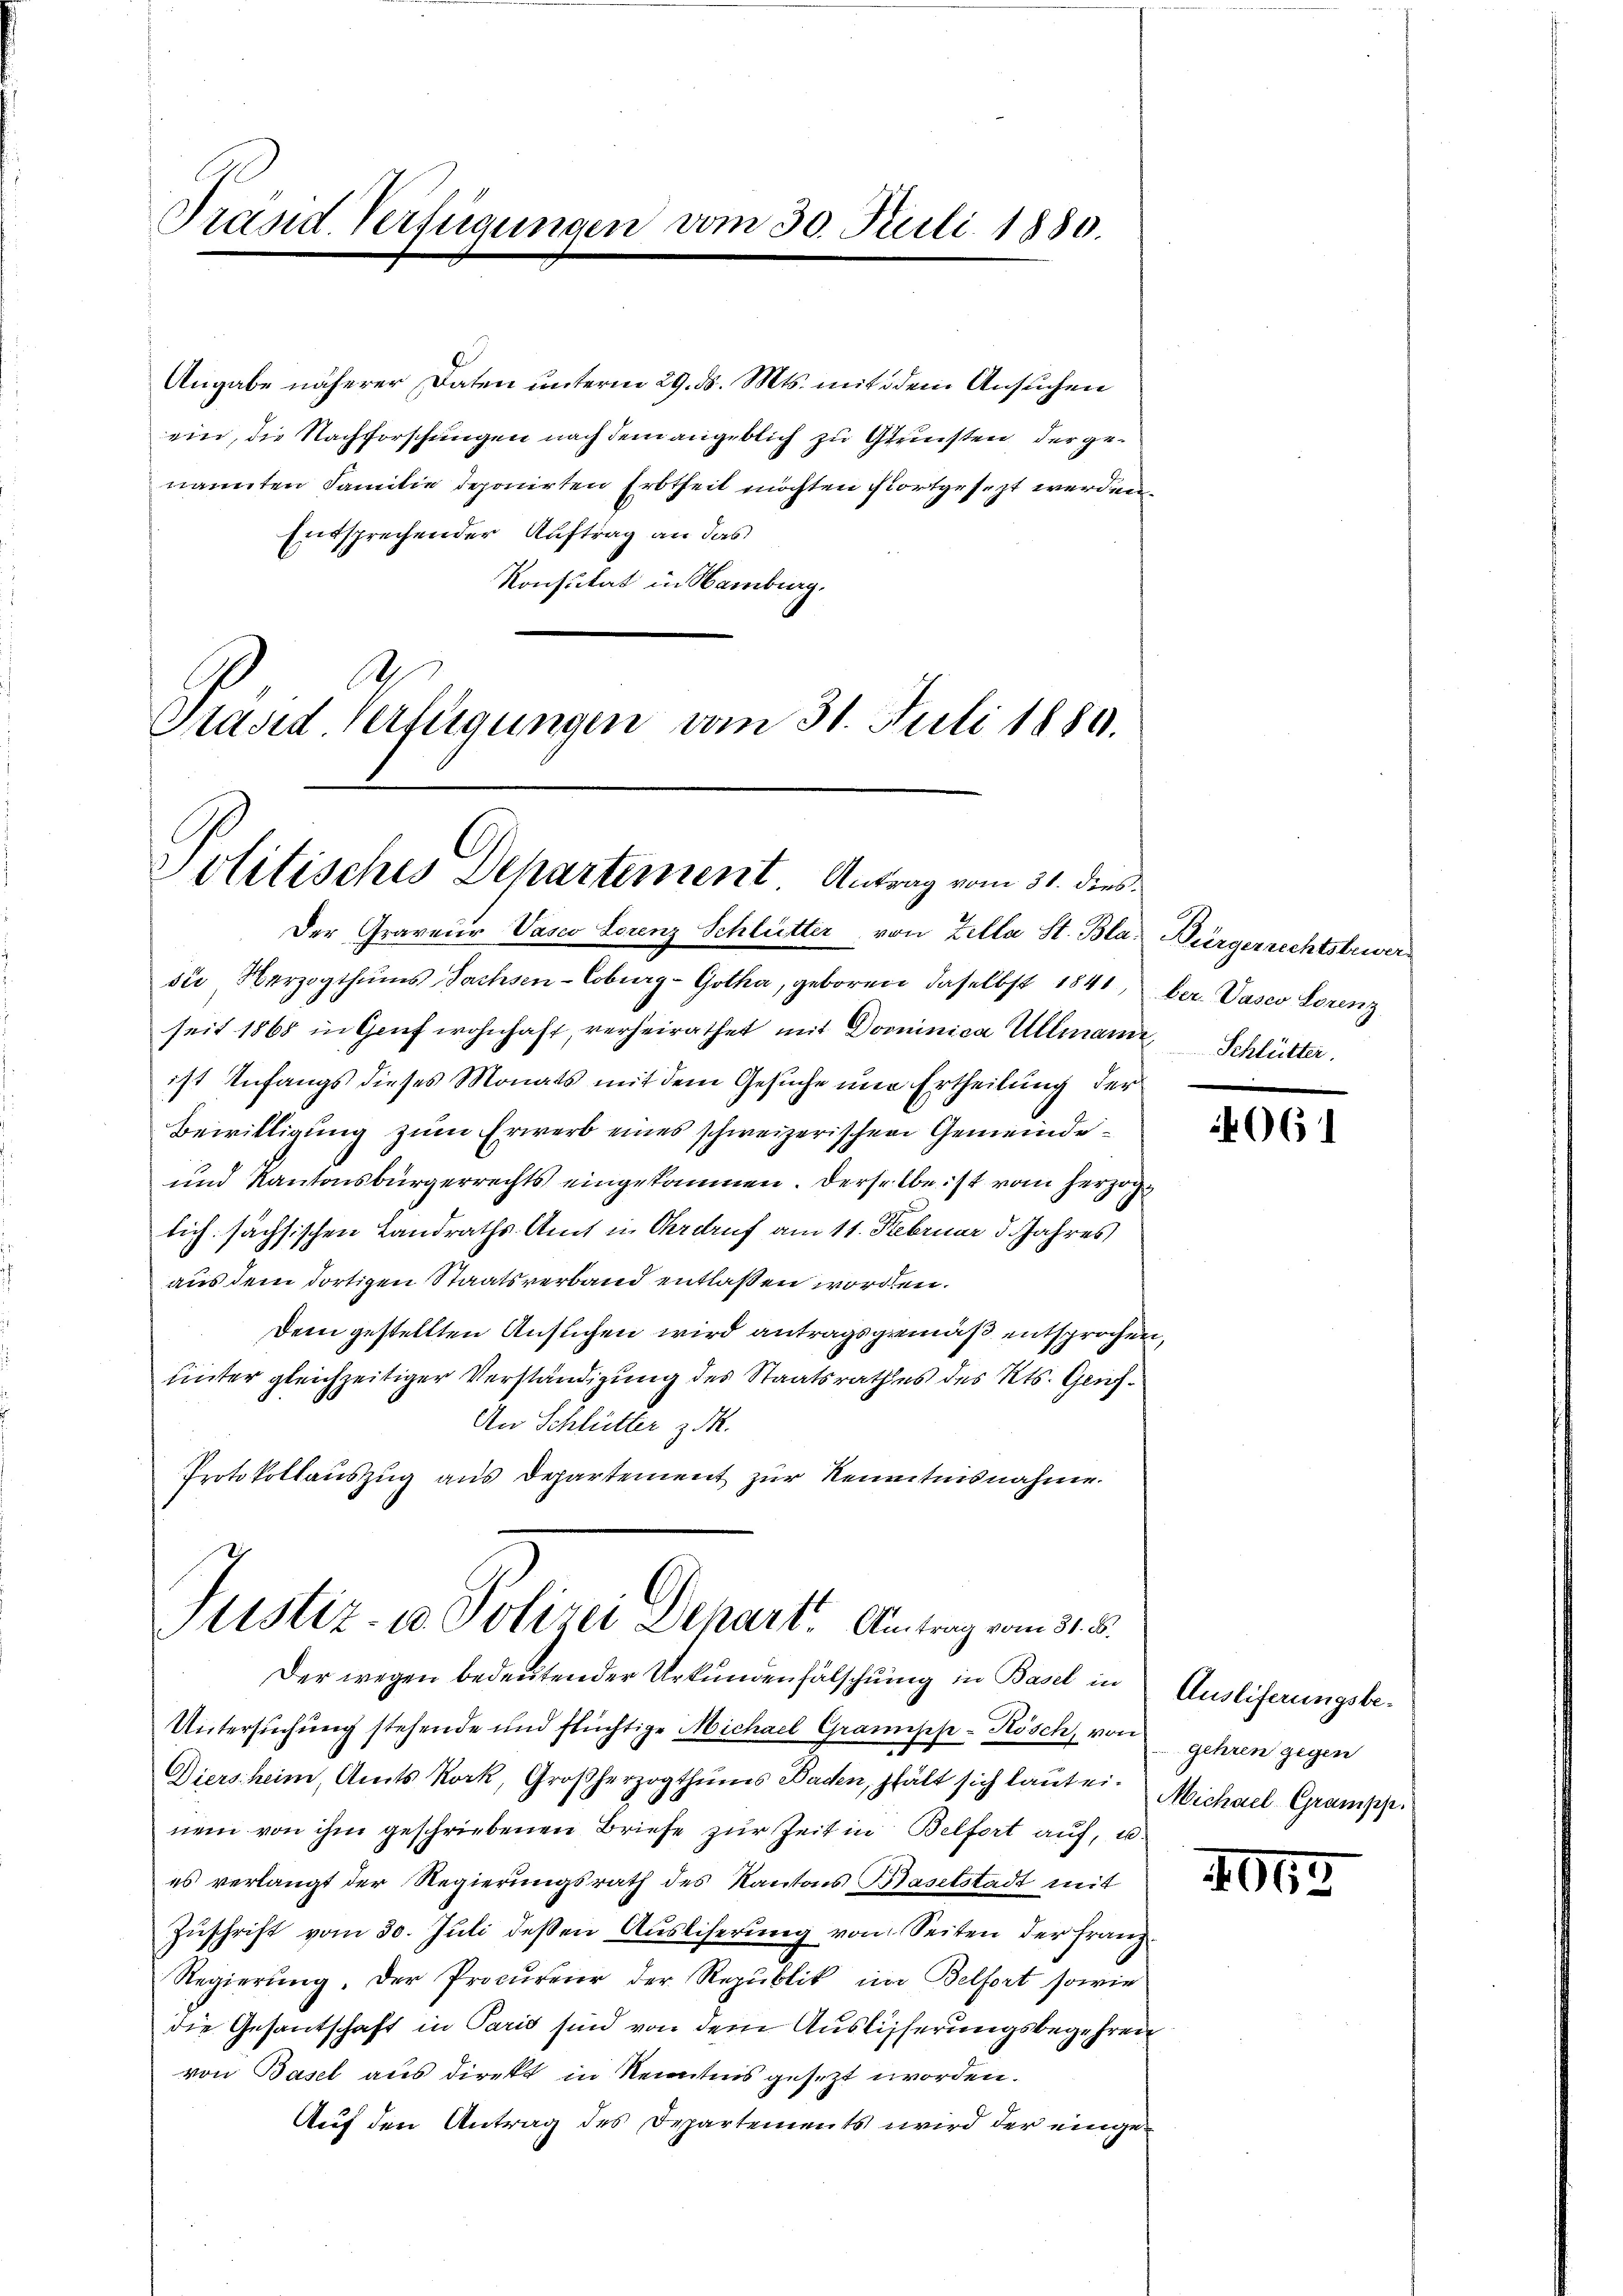
Trand Verfügungen.

vom 30. Juli 1880.

Angabe näherer Daten unterm 29. ds. Mts. mit dem Ansuchen
ein, die Nachforschungen nach dem angeblich zu Gunsten der genannten Familie deponirten Erbtheit möchten fortgesezt werden.
Entsprechender Auftrag an das
Konsulat in Hamburg.
A
Präsid Verfügungen vom 31. Juli 1880.

Politisches Departement. Antrag vom 31. dies¬

Justiz- & Polizei Depart. Antrag vom 31. d.

Der Graveur Vasco Lorenz Schlütter von Zella St. Bla: Bürgerrechtstrier
sii Herzogthums Sachsen-Coburg - Gotha, geboren daselbst 1841, ber. Vasco Lorenz
seit 1868 in Genf wohnhaft, verheirathet mit Dominica Ullmann, Schlütter.
ist Anfangs dieses Monats mit dem Gesuche um Ertheilung der
Bewilligung zum Erwerb eines schweizerischen Gemeinde¬
und Kantonsbürgerrechts eingekommen. Derselbe ist vom herzog
lich sächsischen Landraths- Amt in Oerdruf am 11. Februar d. Jahres
aus dem dortigen Staatsverband entlaßen worden.
Dem gestellten Ansuchen wird antragsgemäß entsprochen,
hinter gleichzeitiger Verständigung des Staatsrathes des Kts. Glich¬
An Schlütter z dh.
Protokollauszug aus Departement zur Kenntnisnahme.

Der wegen bedeutender Urkundenfälschung in Basel in
Untersuchung stehende und flüchtige Michael Granipp-Kösch, von gehren gegen
Diers heim, Amts Kork, Großherzogthums Baden, hält sich laute. Michael Grampp.
nem von ihm geschriebenen Briefe zur Zeit in Belfort auf, u.
es verlangt der Regierungsrath des Kantons Baselstadt mit
Zuschrift vom 30. Juli deßen Ausliserung von Seiten der Franz
Regierung. Der Procureier der Republik im Belfort sowie
die Gesantschaft in Paris sind von dem Auslisserungsbegehren
von Basel aus direkt in Kenntnis gesezt worden.
Auf den Antrag des Departements wird der einge¬

4061

Ausliferungsbe¬

400.